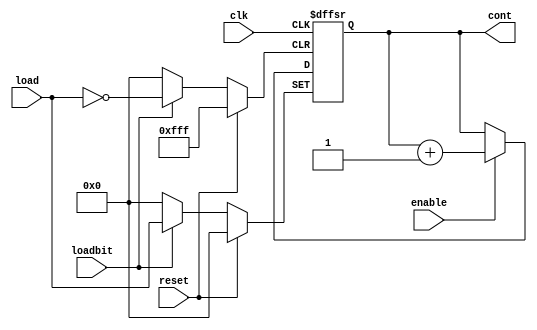


module contador(input wire clk, reset, enable, loadbit, input wire[11:0] load ,output reg [11:0]cont);
  always @ (posedge clk or posedge reset or posedge loadbit) begin
  if (reset)
    cont <= 12'b000000000000;
  else if (loadbit)
      cont <= load;
  else if (enable)
      cont <= cont + 12'b1;
  end
endmodule